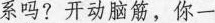
系吗?开动脑筋，你一